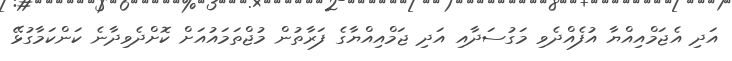
އަދި އެޖަމްއިއްޔާ އުފެއްދެވި މަގުސަދާއި އަދި ޖަމްއިއްޔާގެ ފަރާތުން މުޖްތަމައުއަށް ކޮށްދެވިދާނެ ކަންކަމާގުޅޭ